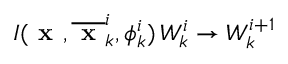
I ( \textbf { x } , \overline { { \textbf { x } } } _ { k } ^ { i } , \phi _ { k } ^ { i } ) \, W _ { k } ^ { i } \rightarrow W _ { k } ^ { i + 1 }